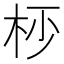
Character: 𣐣